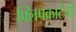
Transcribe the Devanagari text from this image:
फ्लिपकार्टची